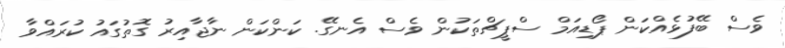
ވެސް ބޭފުޅެއްކަން ޕޯޑިއަމް ސްޕީޗްތަކުން ވެސް އެނގޭ. ކަންކަން ނާޖާއިރު ގޮތުގައު ކުރައްވާ